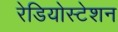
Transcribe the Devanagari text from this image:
रेडियोस्टेशन